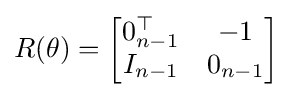
R(\theta )={\begin{bmatrix}0_{n-1}^{\top }&-1\\I_{n-1}&0_{n-1}\\\end{bmatrix}}